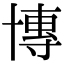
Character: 𫧤